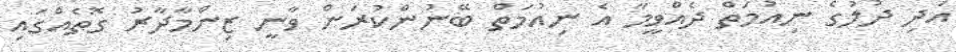
އަދި ދުލުގެ ނިއުމަތް ދެއްވީމާ އެ ނިއުމަތް ބޭނުންކުރަން ވާނީ ޒިންމާދާރު ގޮތެއްގައި